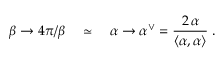
\beta \rightarrow 4 \pi / \beta \quad \simeq \quad \alpha \rightarrow \alpha ^ { \vee } = \frac { 2 \, \alpha } { \left\langle \alpha , \alpha \right\rangle } \; .